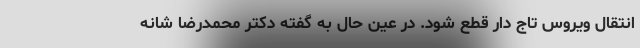
انتقال ویروس تاج دار قطع شود. در عین حال به گفته دکتر محمدرضا شانه